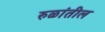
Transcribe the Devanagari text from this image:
रुळांतील